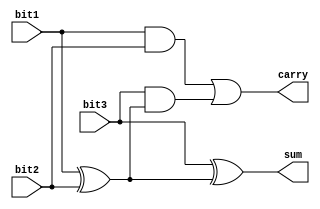
/*
the compounants used: 
3 of 4x1 multiplexer
4 of 2x1 multiplexer
1 not
1 and gate 
3 of full adders
*/

// Structural descriptions for  full adder.
module full_adder (output sum,output carry,input bit1,input bit2,input bit3);
// the logical  expression: 
// sum1 = bit1 ^ bit2
// carry1 = bit1 & bit2
// carry2= bit3 & sum1
// sum = bit3 ^ sum1
// carry= carry1 | carry 2

wire sum1,carry1,carry2;

xor (sum1,bit1,bit2);
and(carry1,bit1,bit2);
xor(sum,bit3,sum1);
and(carry2,bit3,sum1);

or(carry,carry1,carry2);
endmodule

// Structural descriptions for  2x1 multiplexer
module MUX2x1 (output out,input s, in0, in1);
wire b0,b1,snot;
not(snot,s);
and(b0,in0,snot);
and(b1,in1,s);
or(out,b0,b1);
endmodule

// Structural descriptions for  4x1 multiplexer
module MUX4x1 (output out,input s0,input s1,input in0,input in1,input in2,input in3);
// the logical  expression: 
// out = (s1' s0' in0) + (s1' s0 in1) + (s' s0' in2) + (s1 s0 in3)

 wire a0,a1,a2,a3,s0not,s1not;
 not(s0not,s0);
 not(s1not,s1);
 and(a0,s1not,s0not,in0);
 and(a1,s1not,s0,in1);
 and(a2,s1,s0not,in2);
 and(a3,s1,s0,in3);

 or(out,a0,a1,a2,a3);

endmodule

// Structural descriptions for the main curcuit which do the following --> (a+b,a-b,a-1,-b)
module arithmetic_curcuit(output [2:0] g,input s0,input s1,input[2:0] a,input[2:0] b);
// the curcuit is a 3 full adderr and some multuiplexers
// each adder takes input (wire from 2x1 mux and wire from 4x1 mux and a carry) and gives the output "g" and a carry for the next full adder
// the 4x1 mux have selectors {s0, s1} and selects from (1,b,b',b')
// the 2x1 mux have selector (s1&s2) and selects from (a,0)

wire [0:2]b_not;
wire [0:2]A_in; // out from the 2x1 mux
wire [0:2]B_in; // out from the 4x1 mux

wire s0ands1; // s0 & s1
and(s0ands1,s0,s1);

// b bar
not(b_not[0],b[0]);
not(b_not[1],b[1]);
not(b_not[2],b[2]);

// 3 2x1 mux 1 for each bit
//it prevents the input "A" from going to the adder when we have the case "-B" 
MUX2x1 mm1(A_in[0],s0ands1,a[0],1'b0);
MUX2x1 mm2(A_in[1],s0ands1,a[1],1'b0);
MUX2x1 mm3(A_in[2],s0ands1,a[2],1'b0);

// carry input for the first adder 
// this carry is coming from a 2x1 mux
// to pass "1" to the full adder in case (A-B) and (-B) 
wire incarry; 
MUX2x1 mm4(incarry,s1,1'b0,1'b1);

// 4x1 mux for each bit
// passes "B bar" or "1" or "B" 
MUX4x1 m1(B_in[0],s0,s1,1'b1,b[0],b_not[0],b_not[0]);
MUX4x1 m2(B_in[1],s0,s1,1'b1,b[1],b_not[1],b_not[1]);
MUX4x1 m3(B_in[2],s0,s1,1'b1,b[2],b_not[2],b_not[2]);

// the carries coming from a full adder and given to the next full adder
wire [0:2]carries;


// the full adder which gives the output
full_adder f1(g[0],carries[0],incarry,A_in[0],B_in[0]);
full_adder f2(g[1],carries[1],carries[0],A_in[1],B_in[1]);
full_adder f3(g[2],carries[2],carries[1],A_in[2],B_in[2]);

endmodule


module test();

wire [2:0] g; // output
reg s0,s1;
reg [2:0]a; // A input 
reg [2:0]b; // B input
   
arithmetic_curcuit ac(.g(g),.s0(s0),.s1(s1),.a(a),.b(b));
initial
 begin
$monitor($time, "  a=%b,  b=%b,  s0=%b,  s1=%b,  g=%b",a,b, s0,s1, g);

// a=-2 ,b=-1;
 a=110; b=111; s1=0; s0=0; // a-1 = -3 = 101
#10 a=110; b=111; s1=0; s0=1; // a+b = -3 = 101
#10 a=110; b=111; s1=1; s0=0; // a-b = -1 = 111
#10 a=110; b=111; s1=1; s0=1; // -b = 1 = 001

// a=-3 ,b=-3;
#10 a=101; b=101; s1=0; s0=0; // a-1 = -4 = 100
#10 a=101; b=101; s1=0; s0=1; // a+b = -6 = 010
#10 a=101; b=101; s1=1; s0=0; // a-b = 0 = 000
#10 a=101; b=101; s1=1; s0=1; // -b = 3 = 011

// a=-3 ,b=-2;
#10 a=101; b=110; s1=0; s0=0; // a-1 = -4 = 100
#10 a=101; b=110; s1=0; s0=1; // a+b = -5 = 011
#10 a=101; b=110; s1=1; s0=0; // a-b = -1 = 111
#10 a=101; b=110; s1=1; s0=1; // -b = 2 = 010

// a=-3 ,b=-1;
#10 a=101; b=111; s1=0; s0=0; // a-1 = -4 = 100
#10 a=101; b=111; s1=0; s0=1; // a+b = -4 = 100
#10 a=101; b=111; s1=1; s0=0; // a-b = -2 = 110
#10 a=101; b=111; s1=1; s0=1; // -b = 1 = 001

// a=-3 ,b=0;
#10 a=101; b=000; s1=0; s0=0; // a-1 = -4 = 100
#10 a=101; b=000; s1=0; s0=1; // a+b = -3 = 101
#10 a=101; b=000; s1=1; s0=0; // a-b = -3 = 101
#10 a=101; b=000; s1=1; s0=1; // -b = 0 = 000

// a=-3 ,b=1;
#10 a=101; b=001; s1=0; s0=0; // a-1 = -4 = 100
#10 a=101; b=001; s1=0; s0=1; // a+b = -2 = 110
#10 a=101; b=001; s1=1; s0=0; // a-b = -4 = 100
#10 a=101; b=001; s1=1; s0=1; // -b = -1 = 111

// a=-3 ,b=2;
#10 a=101; b=010; s1=0; s0=0; // a-1 = -4 = 100
#10 a=101; b=010; s1=0; s0=1; // a+b = -1 = 111
#10 a=101; b=010; s1=1; s0=0; // a-b = -5 = 011
#10 a=101; b=010; s1=1; s0=1; // -b = -2 = 110

// a=-3 ,b=3;
#10 a=101; b=011; s1=0; s0=0; // a-1 = -4 = 100
#10 a=101; b=011; s1=0; s0=1; // a+b = 0 = 000
#10 a=101; b=011; s1=1; s0=0; // a-b = -6 = 010
#10 a=101; b=011; s1=1; s0=1; // -b = -3 = 101

// a=-2 ,b=-2;
#10 a=110; b=110; s1=0; s0=0; // a-1 = -3 = 101
#10 a=110; b=110; s1=0; s0=1; // a+b = -4 = 100
#10 a=110; b=110; s1=1; s0=0; // a-b = 0 = 000
#10 a=110; b=110; s1=1; s0=1; // -b = 2 = 010

$finish;
end

endmodule